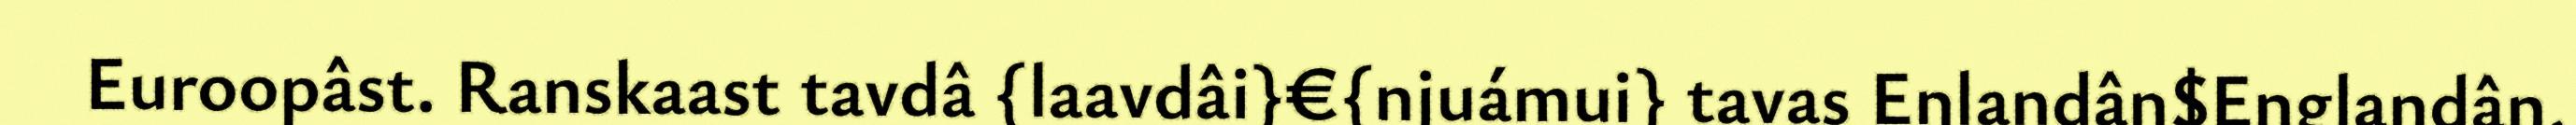
Euroopâst. Ranskaast tavdâ {laavdâi}€{njuámui} tavas Eŋlandân$Englandân,